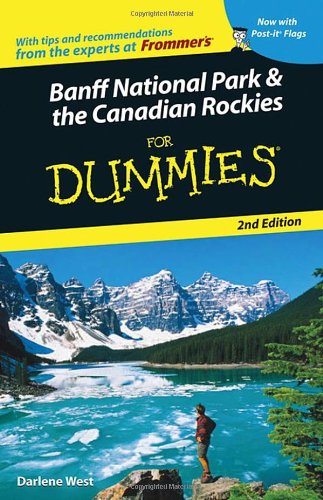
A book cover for Banff National Park and the Canadian Rockies For Dummies 2nd Edition(Dummies Travel); Darlene West; Travel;